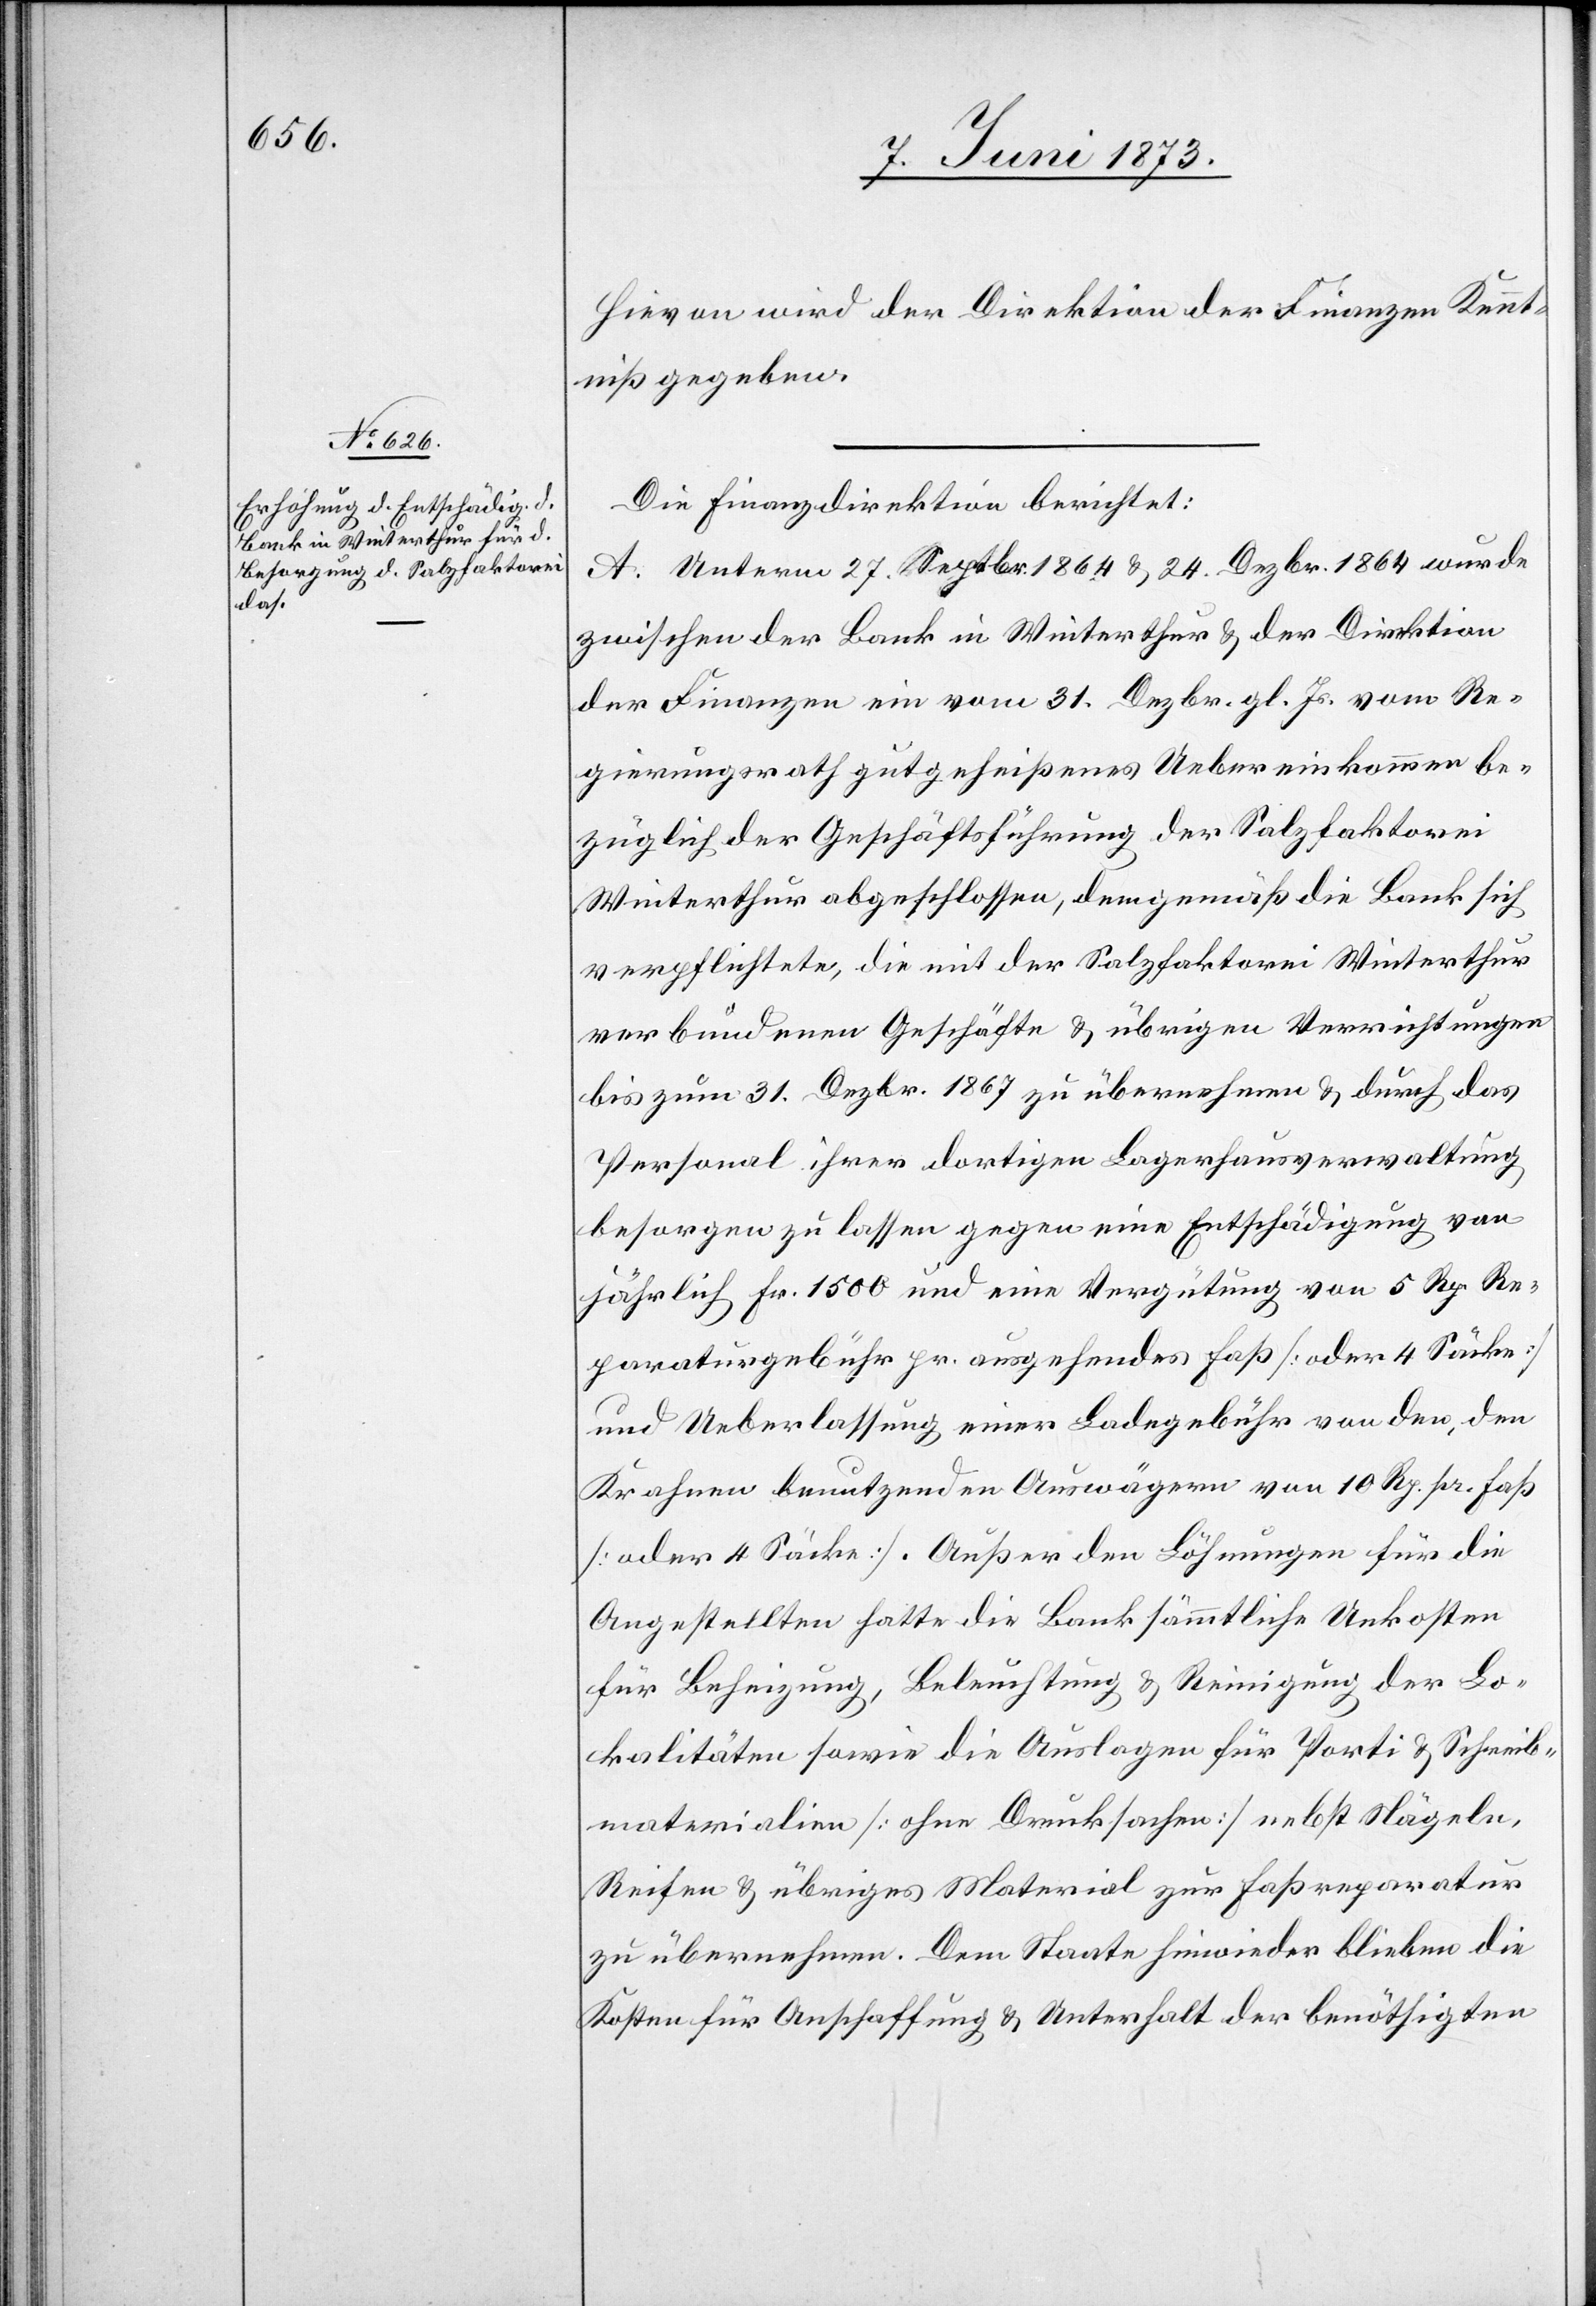
Hievon wird der Direktion der Finanzen Kennt¬
niß gegeben.
Die Finanzdirektion berichtet:
A. Unterm 27. Septbr. 1864 & 24. Dezbr. 1864 wurde
zwischen der Bank in Winterthur & der Direktion
der Finanzen ein vom 31. Dezbr. gl. Js. vom Re¬
gierungsrath gutgeheißenes Uebereinkommen be¬
züglich der Geschäftsführung der Salzfaktorei
Winterthur abgeschlossen, demgemäß die Bank sich
verpflichtete, die mit der Salzfaktorei Winterthur
verbundenen Geschäfte & übrigen Verrichtungen
bis zum 31. Dezbr. 1867 zu übernehmen & durch das
Personal ihrer dortigen Lagerhausverwaltung
besorgen zu lassen gegen eine Entschädigung von
jährlich Fr. 1 500 und eine Vergütung von 5 Rp. Re¬
paraturgebühr pr. ausgehendes Faß [oder 4 Säcke]
und Ueberlassung einer Ladegebühr von den, den
Krahnen benutzenden Auswägern von 10 Rp. pr. Faß
[oder 4 Säcke]. Außer den Löhnungen für die
Angestellten hatte die Bank sämmtliche Unkosten
für Beheizung, Beleuchtung & Reinigung der Lo¬
kalitäten sowie die Auslagen für Porti & Schreib¬
materialien [ohne Drucksachen] nebst Nägeln,
Reifen & übriges Material zur Faßreparatur
zu übernehmen. Dem Staate hinwieder blieben die
Kosten für Anschaffung & Unterhalt der benöthigten